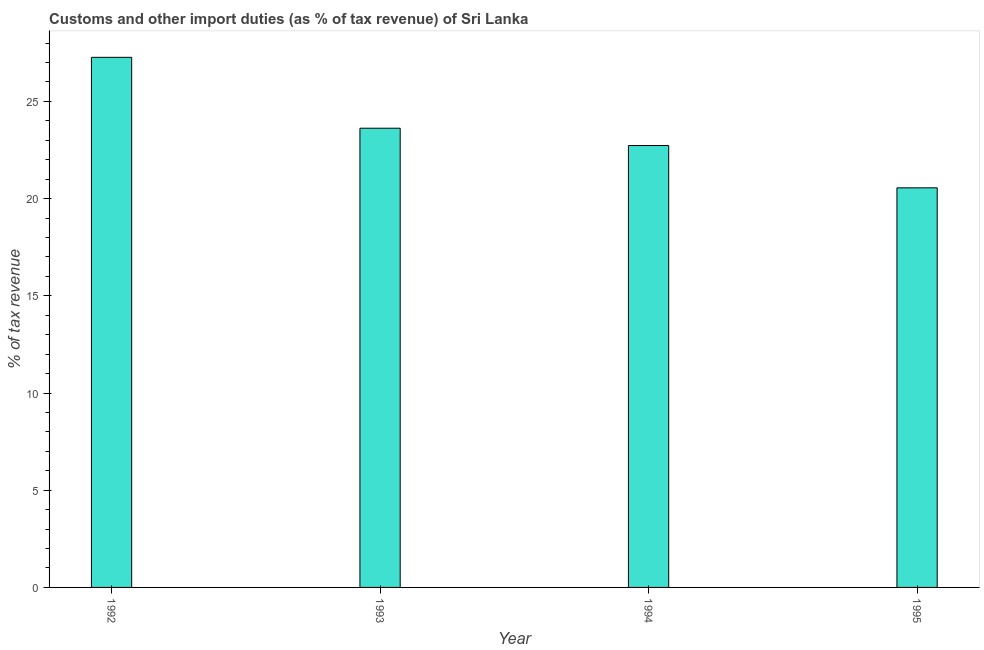
| Year | Customs and other import duties |
 | --- | --- |
 | 1992 | 27.3 |
 | 1993 | 23.6 |
 | 1994 | 22.7 |
 | 1995 | 20.6 |